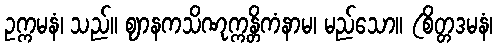
ဥက္ကမနံ၊ သည်။ ဈာနကသိဏုက္ကန္တိကံနာမ၊ မည်သော။ (စိတ္တဒမနံ၊